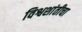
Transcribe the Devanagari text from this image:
विश्वशांतीचा